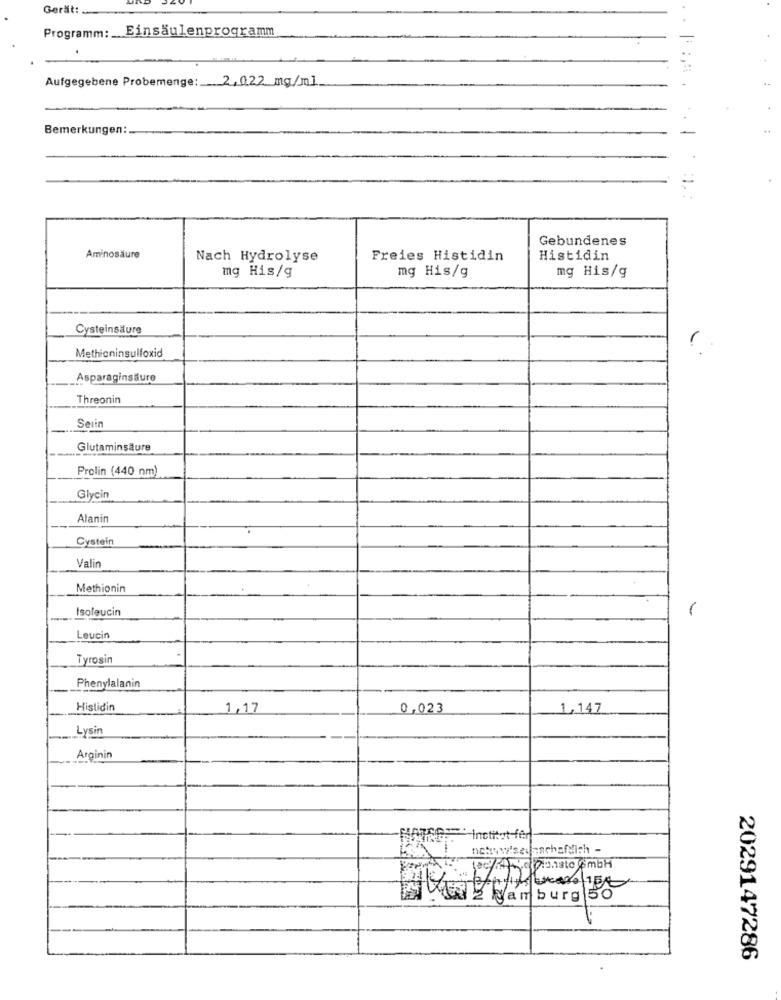
Gerät:
Programm: Einsäulenprogramm
Aufgegebene Probemenge: 2,022 mg/ml
Bemerkungen:
Gebundenes
Aminosäure
Nach Hydrolyse
Freies Histidin
Histidin
mg His/g
mg His/g
mg His/g
Cysteinsäure
Methioninsulfoxid
Asparaginsäure
Threonin
Serin
Glutaminsäure
Prolin (440 nm)
Glycin
Alanin
Cystein
Vali
Methionin
Isoleucin
-
Leucin
Tyrosin
Phenylalanin
Histidin
1,17
0,023
1,147
Lysin
Arginin
MATSGT Inctitet fer
Viz Hamburg 50
2029147286